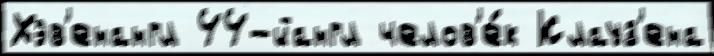
Хэв'енангл 44-йангл челов'е́к Клауз'ена